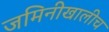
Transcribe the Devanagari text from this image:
जमिनीखालीच